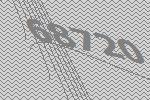
68720